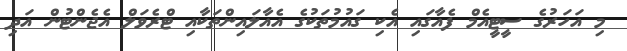
މި އަހަރުގެ ސީޓީއެމް ފެއާގައި އެކި ގައުމުތަކުގެ އެއާލައިންތަކާއި ޓްރެވަލް އެޖެންޓުން އަދި